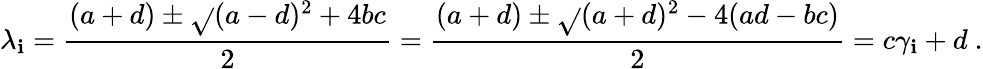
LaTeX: \lambda_{\mathbf{i}}={\frac{{(a+d)\pm{\sqrt{}{{(a-d)^{2}+4bc}}}}}{{2}}}={\frac{{(a+d)\pm{\sqrt{}{{(a+d)^{2}-4(ad-bc)}}}}}{{2}}}=c\gamma_{\mathbf{i}}+d\ .